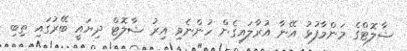
ޝާލޮޓްގެ މަންމާފުޅު އޭނާ އުރާލައިގެން ހުންނެވި އިރު ޝާލޮޓް ދިޔައީ ބޭރުގައި ތިބި